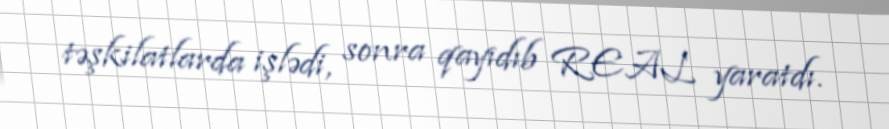
təşkilatlarda işlədi, sonra qayıdıb REAL yaratdı.